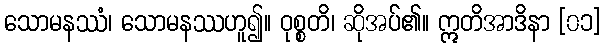
သောမနဿံ၊ သောမနဿဟူ၍။ ဝုစ္စတိ၊ ဆိုအပ်၏။ ဣတိအာဒိနာ [၀၁]